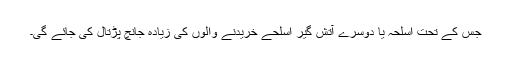
جس کے تحت اسلحہ یا دوسرے آتش گیر اسلحے خریدنے والوں کی زیادہ جانچ پڑتال کی جائے گی۔